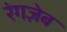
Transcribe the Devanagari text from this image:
रंगज़ेब